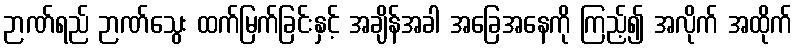
ဉာဏ်ရည် ဉာဏ်သွေး ထက်မြက်ခြင်းနှင့် အချိန်အခါ အခြေအနေကို ကြည့်၍ အလိုက် အထိုက်